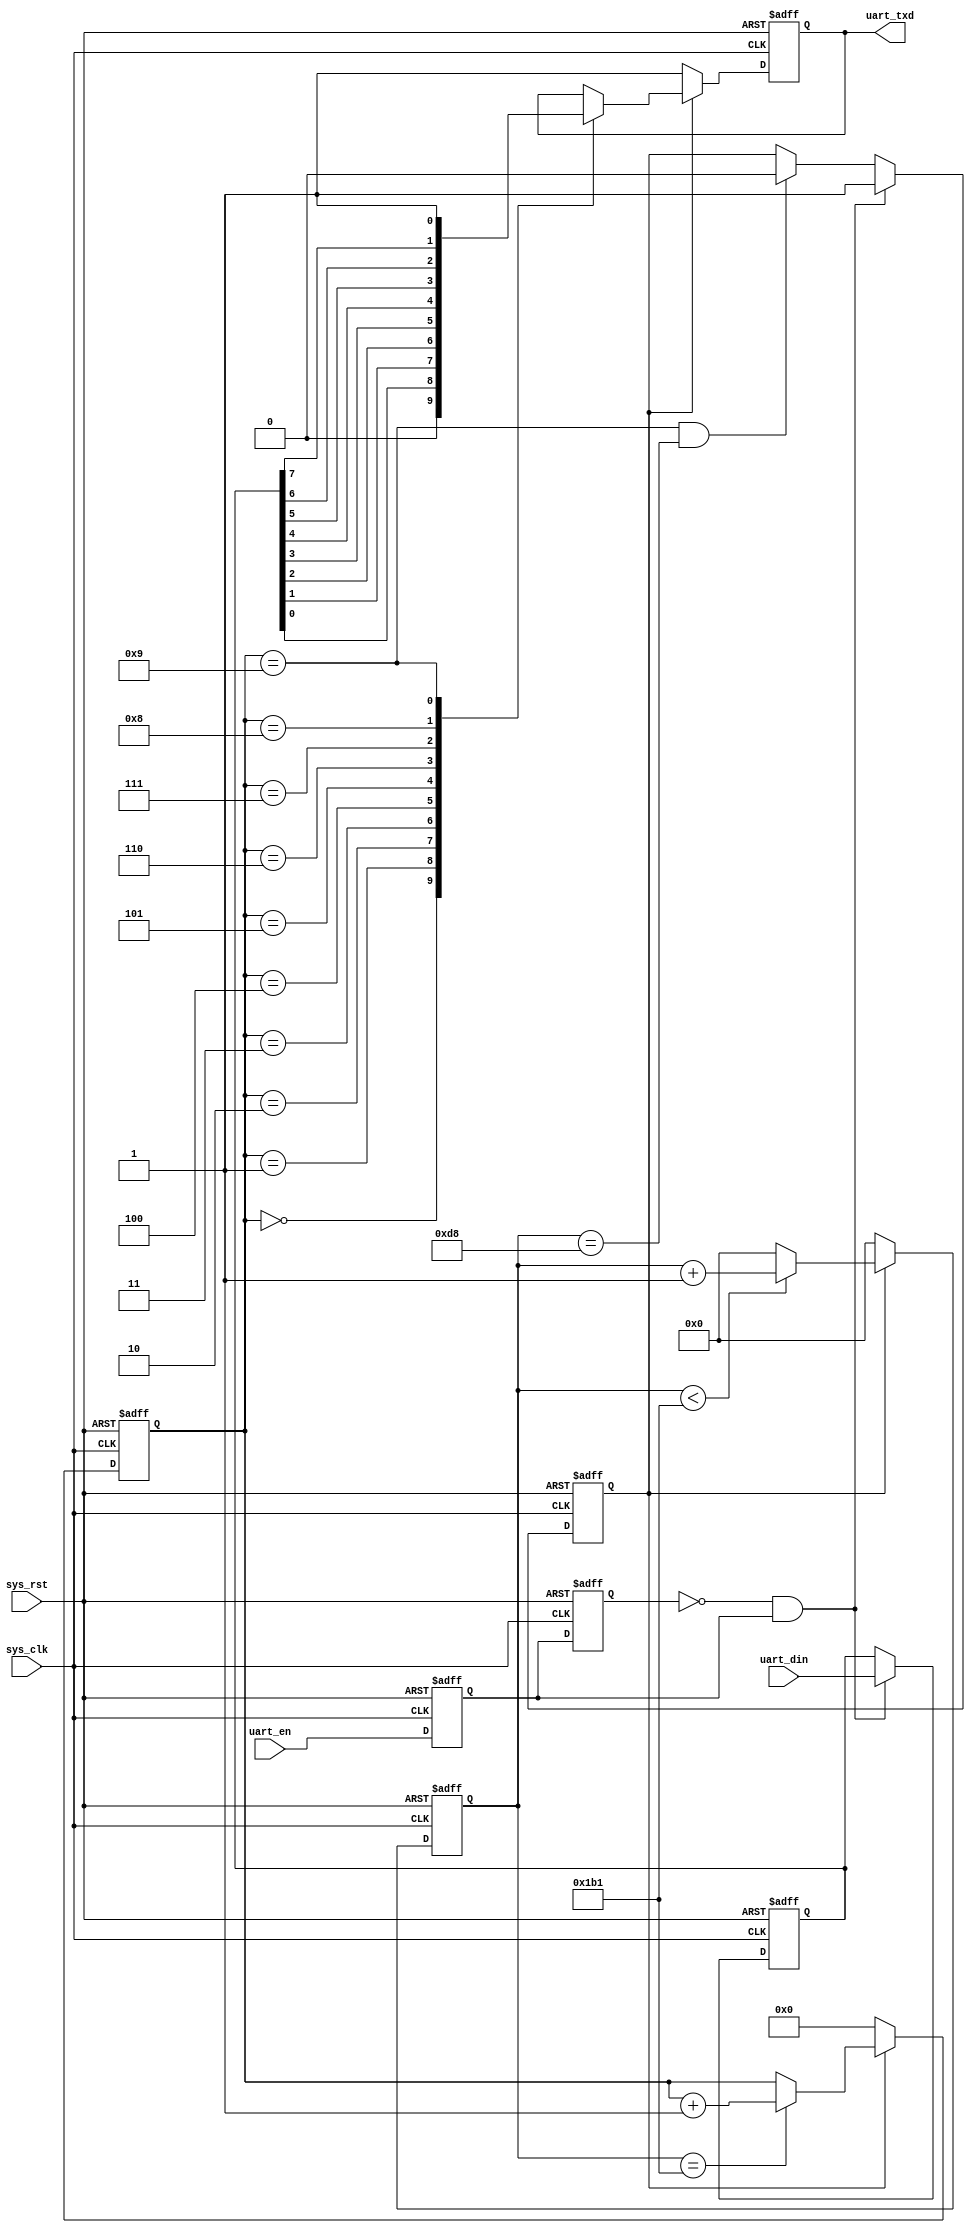
`timescale 1ns / 1ps

module uart_tx(
    input            sys_clk,   //
    input            sys_rst,   //
    input            uart_en,   //
    input [7:0]      uart_din,  //
    
    output reg       uart_txd  //
    );
    
parameter CLK_FREQ = 50_000_000;
parameter baud     = 115200;
localparam BAUD_CNT = CLK_FREQ/baud; //
 
reg        uart_en_d0;
reg        uart_en_d1;  //
wire       en_flag;   //uart_rxd
reg        tx_flag;      //
reg [15:0] baud_cnt;     //
reg [3:0]  tx_cnt;       //
reg [7:0]  tx_data;      //

//
assign en_flag = (~uart_en_d1) & uart_en_d0;
  
//
always @(posedge sys_clk or negedge sys_rst)begin
    if(!sys_rst)begin
       uart_en_d0 <= 1'b0;
       uart_en_d1 <= 1'b0;  
    end
    else begin
       uart_en_d0 <= uart_en;     //
       uart_en_d1 <= uart_en_d0;  //
    end
end   
    
//tx_flag
always @(posedge sys_clk or negedge sys_rst)begin
    if(!sys_rst)
        tx_flag <= 1'b0;
    else if(en_flag)
        tx_flag <= 1'b1;
    else if(tx_cnt == 4'd9&&(baud_cnt == BAUD_CNT/2-1'b1))
        tx_flag <= 1'b0;
    else
        tx_flag <= tx_flag;
end    

//baud_cnt
always @(posedge sys_clk or negedge sys_rst)begin
    if(!sys_rst)
        baud_cnt <= 16'd0;
    else if(tx_flag)begin
        if(baud_cnt < BAUD_CNT-1'b1)
            baud_cnt <= baud_cnt + 1'b1;
        else
            baud_cnt <= 16'd0;
    end
    else
        baud_cnt <= 16'd0;
end

//tx_cnt 
always @(posedge sys_clk or negedge sys_rst)begin
    if(!sys_rst)
        tx_cnt <= 4'd0;
    else if(tx_flag)begin
        if(baud_cnt == BAUD_CNT - 1'b1)
            tx_cnt <= tx_cnt+1'b1;
        else
            tx_cnt <= tx_cnt;
    end
    else
        tx_cnt <= 4'd0;
end

//tx_data
always @(posedge sys_clk or negedge sys_rst)begin
    if(!sys_rst)
        tx_data <= 8'd0;
    else if(en_flag)
        tx_data <= uart_din;
    else
        tx_data <= tx_data;
end 

//
always @(posedge sys_clk or negedge sys_rst)begin
    if(!sys_rst)
        uart_txd <= 1'b1;  //
    else if(tx_flag)begin
        case(tx_cnt)
            4'd0:uart_txd <= 1'b0; //
            4'd1:uart_txd <= tx_data[0];
            4'd2:uart_txd <= tx_data[1];
            4'd3:uart_txd <= tx_data[2];
            4'd4:uart_txd <= tx_data[3];
            4'd5:uart_txd <= tx_data[4];
            4'd6:uart_txd <= tx_data[5];
            4'd7:uart_txd <= tx_data[6];
            4'd8:uart_txd <= tx_data[7];
            4'd9:uart_txd <= 1'b1; //
            default:;
         endcase
    end
    else
        uart_txd <= 1'b1; //
end   
    
endmodule